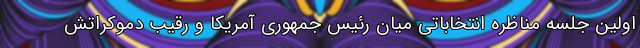
اولین جلسه مناظره انتخاباتی میان رئیس جمهوری آمریکا و رقیب دموکراتش